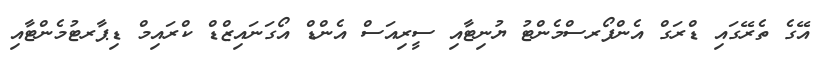
އޭގެ ތެރޭގައި ޑްރަގް އެންފޯރސްމެންޓު ޔުނިޓާއި ސީރިއަސް އެންޑް އޯގަނައިޒްޑް ކްރައިމް ޑިޕާރޓުމެންޓާއި